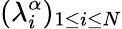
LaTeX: (\lambda_{i}^{\alpha})_{1\leq i\leq N}